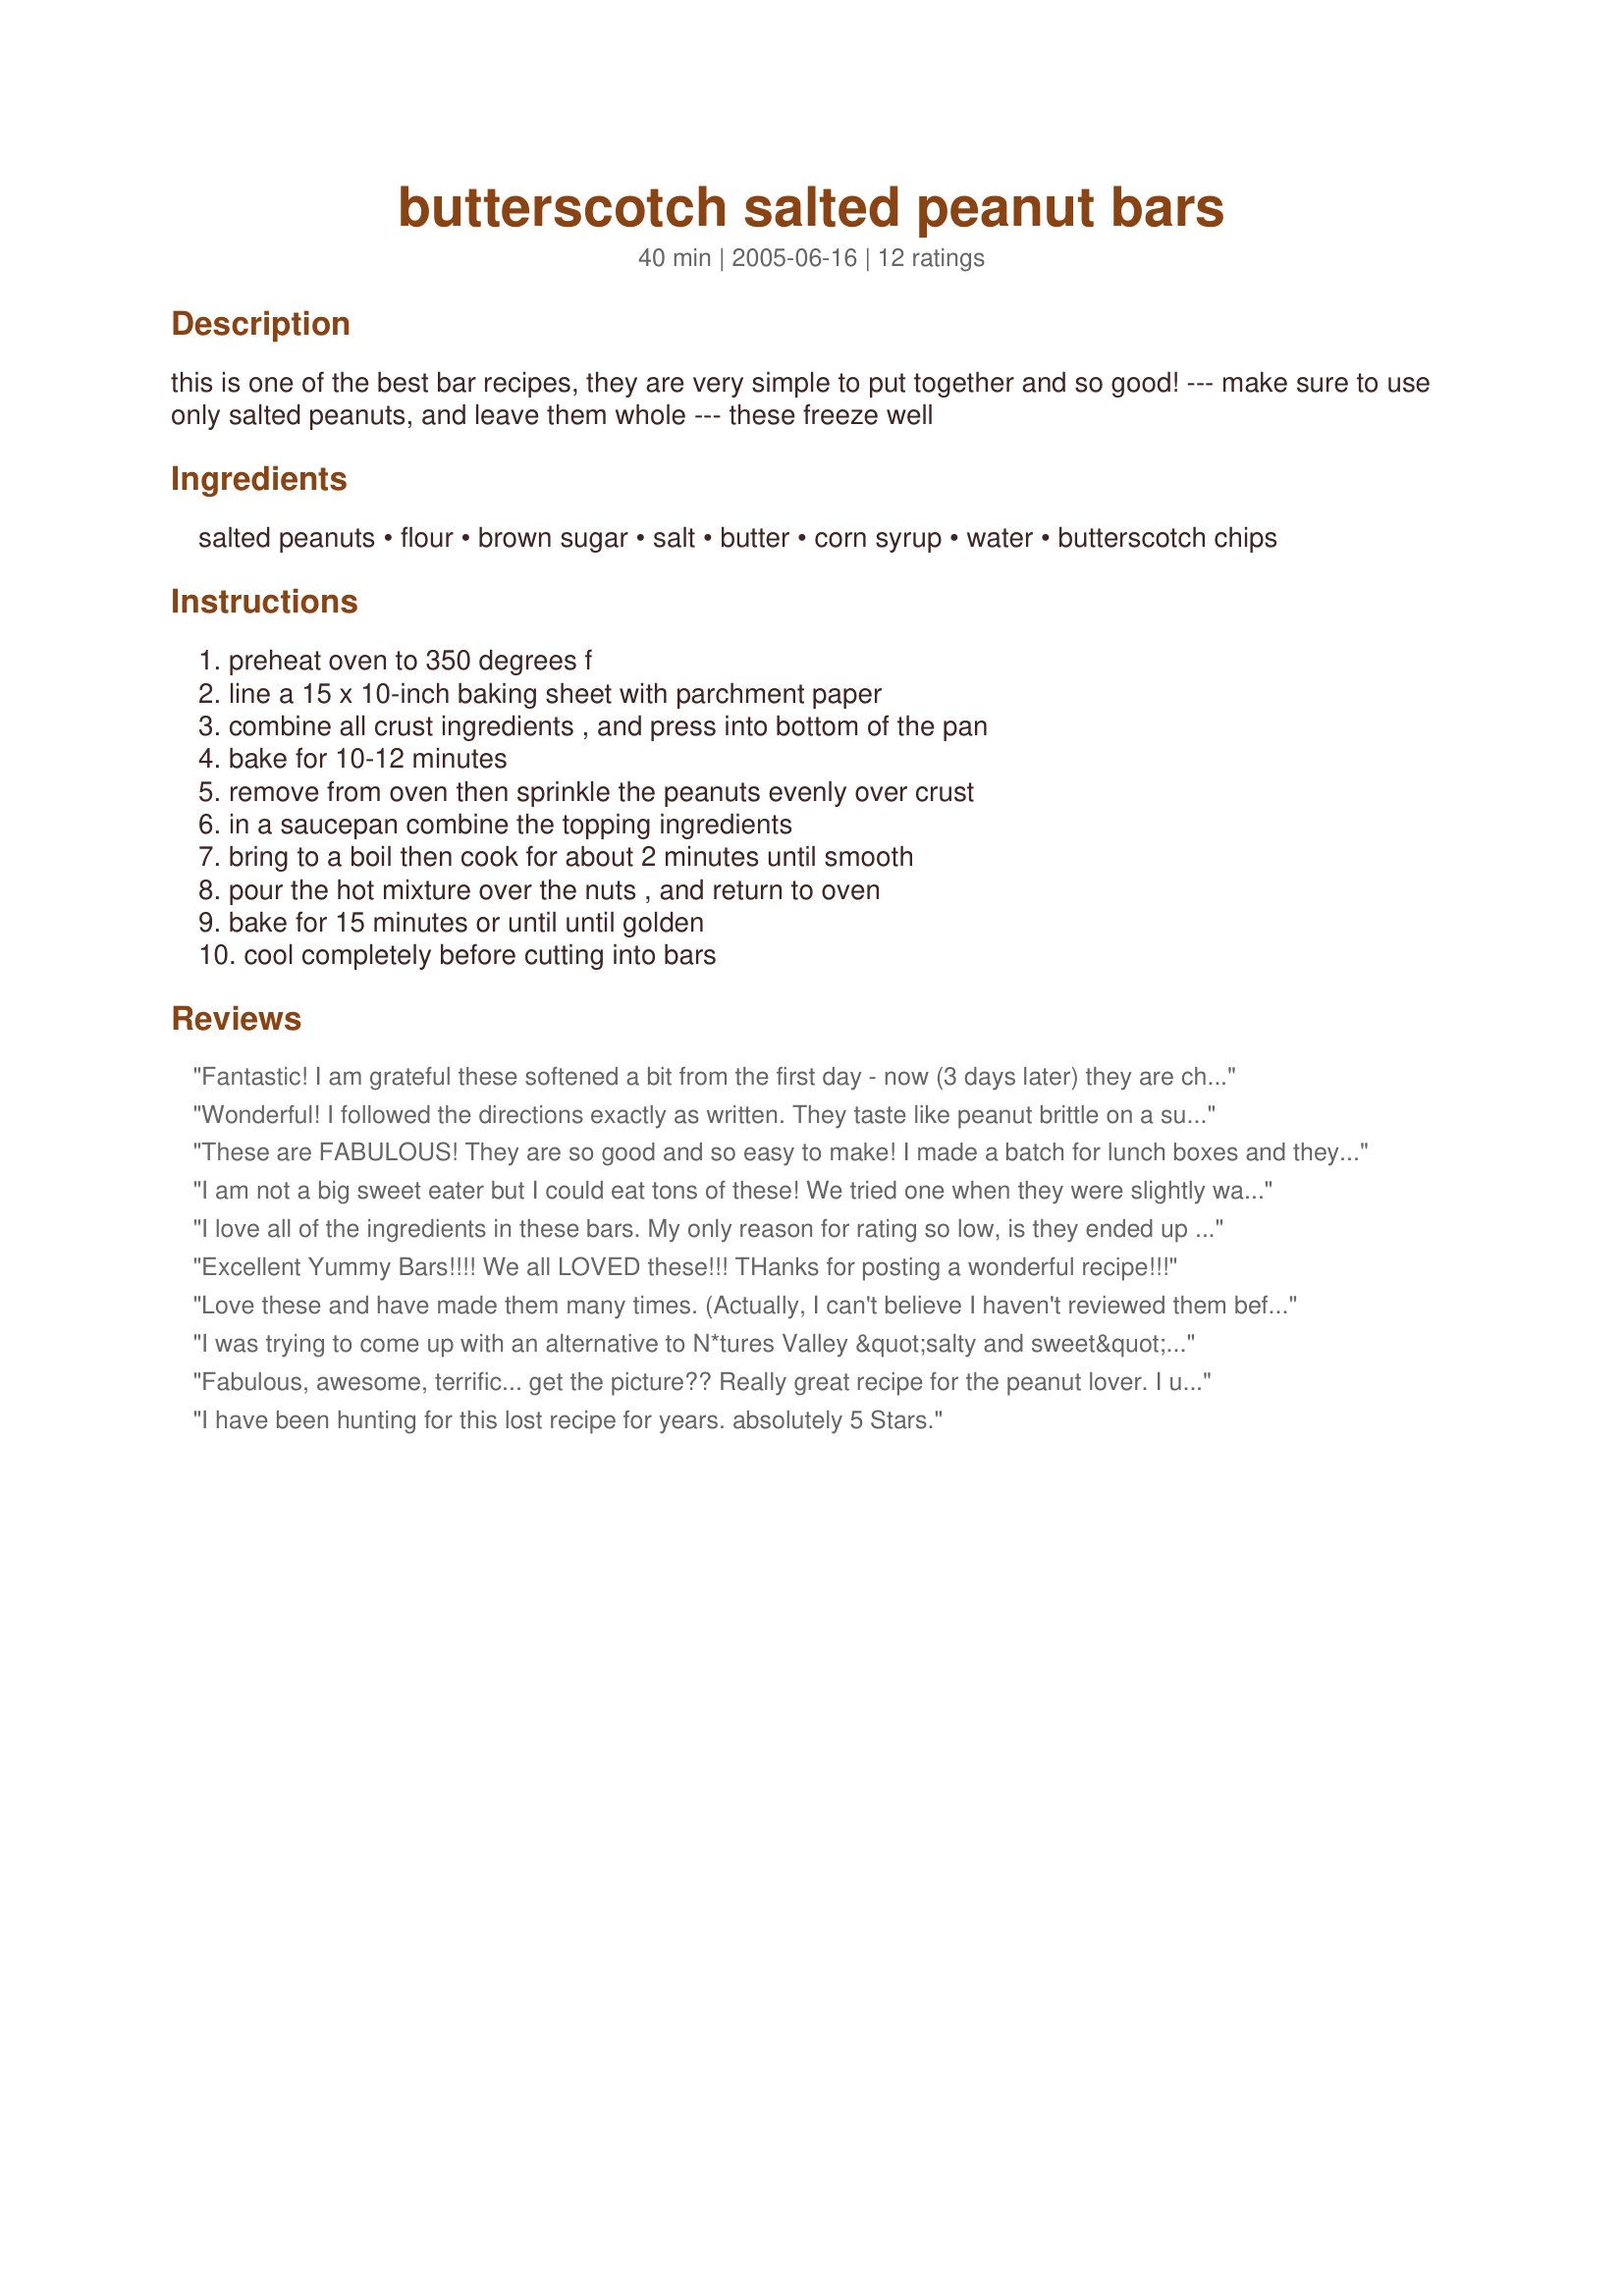
butterscotch salted peanut bars
Preparation time: 40 minutes

this is one of the best bar recipes, they are very simple to put together and so good! --- make sure to use only salted peanuts, and leave them whole --- these freeze well

Ingredients:
salted peanuts, flour, brown sugar, salt, butter, corn syrup, water, butterscotch chips

Steps:
preheat oven to 350 degrees f, line a 15 x 10-inch baking sheet with parchment paper, combine all crust ingredients , and press into bottom of the pan, bake for 10-12 minutes, remove from oven then sprinkle the peanuts evenly over crust, in a saucepan combine the topping ingredients, bring to a boil then cook for about 2 minutes until smooth, pour the hot mixture over the nuts , and return to oven, bake for 15 minutes or until until golden, cool completely before cutting into bars

Reviews:
Fantastic! I am grateful these softened a bit from the first day - now (3 days later) they are chewy, crunchy, sweet & salty deliciousness! We cut these into single bite morsels - they are powerful! They also look so pretty heaped in little cup cake liners in our Christmas cookie platters. Wonderful with a cup of black coffee & would be awesome if out in the weather (skiing, hunting, hiking - anything that burns lots of calories). Thank you for another keeper recipe Kittencal.
Wonderful! I followed the directions exactly as written. They taste like peanut brittle on a sugar cookie. I loved them. I will be making these again.
These are FABULOUS! They are so good and so easy to make! I made a batch for lunch boxes and they were almost all eaten soon after they cooled. They tasted even better the second day! Make sure that all of the glaze touches the parchment so that they come out of the pan efortlessly. I made a full batch and then halved the recipe (7.5 X 5 pan) today and both worked out wonderfully! Thanks Kitz!
I am not a big sweet eater but I could eat tons of these! We tried one when they were slightly warm-gooey goodness. Easy to prepare

Thanks Kittencal.

Bullwinkel
I love all of the ingredients in these bars. My only reason for rating so low, is they ended up rock hard. I prepared them exactly as written and had to throw the entire batch out.
Excellent Yummy Bars!!!! We all LOVED these!!! THanks for posting a wonderful recipe!!!
Love these and have made them many times. (Actually, I can't believe I haven't reviewed them before now!) Shared this recipe with one of my biking friends and she makes them now for energy bars for a long ride. Yum!
I was trying to come up with an alternative to N*tures Valley &quot;salty and sweet&quot; bars and stumbled across this recipe. My husband is allergic to milk and wheat, making the store bought version a bad choice. I substituted maple syrup for corn syrup, and used gluten-free flour. They turned out amazing, and now this is my husbands new favorite snack.
Fabulous, awesome, terrific... get the picture?? Really great recipe for the peanut lover. I used margarine as a personal preference (cost wise) & followed the recipe otherwise. I did use a 9 X 13 well-greased glass pan instead of what was recommended & had no problems removing the squares from the pan. Great combo of sweet & salty!! I served at Sewing Circle & got "heck" because people couldn't stop eating them!! Unfortunately, if you try to snitch one before they are completely cooled, they are a crumbly mess - but once cooled, they are a solid tasty bar!
I have been hunting for this lost recipe for years. absolutely 5 Stars.
These were soo good!! I shared them with lots of family and friends as it made alot. Super addicting and yummy. Thanks for a great recipe!
I thought these were awesome! I've already made them twice. The second time you put them in the oven the directions say 15 minutes, and I do agree with one other commentor that the edges got a bit hard, so the next time I made them I decreased the time to 10 minutes and it was much better. And yes you don't exactly taste the butterscotch flavor, but they are still awesome. This will always be a go-to recipe for me. Thanks Kittencal!!
